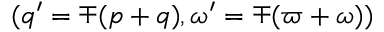
( q ^ { \prime } = \mp ( p + q ) , \omega ^ { \prime } = \mp ( \varpi + \omega ) )